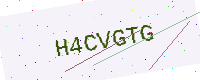
Text: H4CVGTG